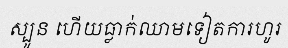
ស្បូន ហើយធ្លាក់ឈាមទៀតការហូរ